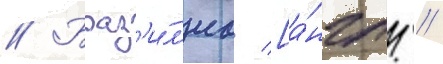
// Браз'и́л'иа [а́нгл. //